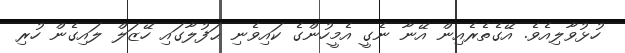
ހުޅުވާލިއެވެ. އޭގެތެރެއިން އޭނާ ނެގީ އެމީހުންގެ ކައިވެނި ޙަފުލާގައި ހޭޒަލް ލައިގެން ހުރި